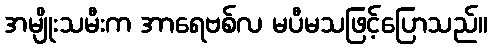
အမျိုးသမီးက အာရေဗစ်လ မပီမသဖြင့်ပြောသည်။